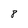
Character: 8